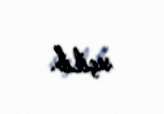
seçilib.